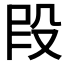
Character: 𫨻